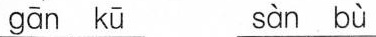
gān kū sàn bù